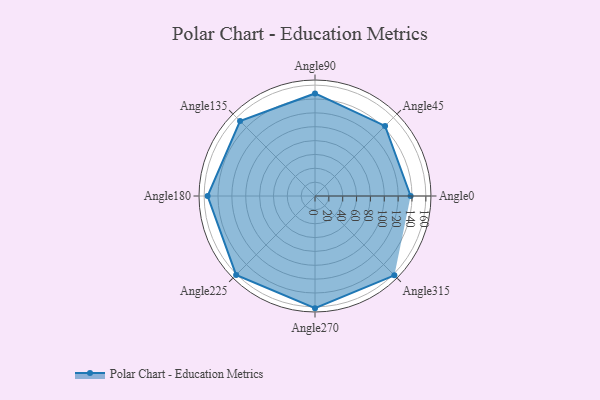
{"axis": {"x": "Angle", "y": "Radius"}, "legend": [""], "data": [{"x": "Angle0", "y": 138.0, "type": ""}, {"x": "Angle45", "y": 143.0, "type": ""}, {"x": "Angle90", "y": 148.0, "type": ""}, {"x": "Angle135", "y": 153.0, "type": ""}, {"x": "Angle180", "y": 155.0, "type": ""}, {"x": "Angle225", "y": 161.0, "type": ""}, {"x": "Angle270", "y": 162.0, "type": ""}, {"x": "Angle315", "y": 162.0, "type": ""}]}